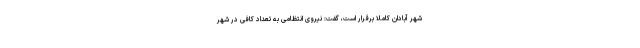
شهر آبادان کاملا برقرار است، گفت: نیروی انتظامی به تعداد کافی در شهر